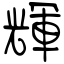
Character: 輝